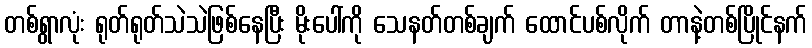
တစ်ရွာလုံး ရုတ်ရုတ်သဲသဲဖြစ်နေပြီး မိုးပေါ်ကို သေနတ်တစ်ချက် ထောင်ပစ်လိုက် တာနဲ့တစ်ပြိုင်နက်